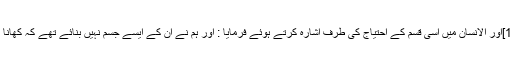
[ فاطر/ 15]اور الانسان میں اسی قسم کے احتیاج کی طرف اشارہ کرتے ہوئے فرمایا : اور ہم نے ان کے ایسے جسم نہیں بنائے تھے کہ کھانا نہ کھائیں۔